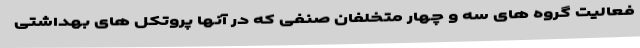
فعالیت گروه های سه و چهار متخلفان صنفی که در آنها پروتکل های بهداشتی